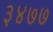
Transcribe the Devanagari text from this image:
३४७७